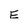
Character: E